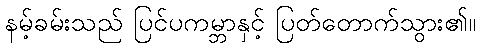
နမ့်ခမ်းသည် ပြင်ပကမ္ဘာနှင့် ပြတ်တောက်သွား၏။